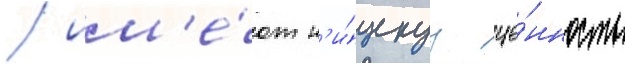
/ им'е́ют н'и́зкуу це́нность